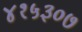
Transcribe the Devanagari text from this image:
४१५३०७